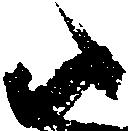
尉